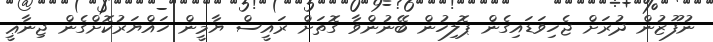
ނުފޫޒުން ދުރަށް ޖެހިވަޑައިގެން ޕޮލިހުން ބޭނުންވާ ގޮތަށް ރައީސް ޔާމީން ހައްޔަރުކޮށްގެން ޖިނާޢީ